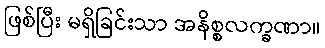
ဖြစ်ပြီး မရှိခြင်းသာ အနိစ္စလက္ခဏာ။